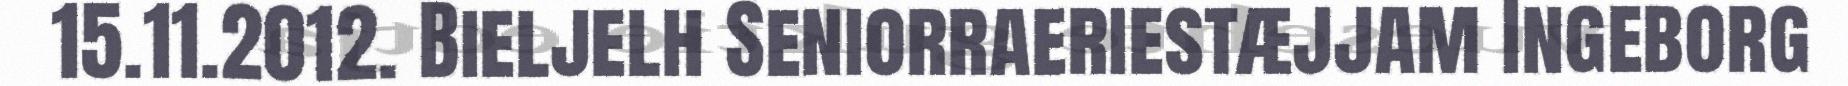
15.11.2012. Bieljelh Seniorraeriestæjjam Ingeborg